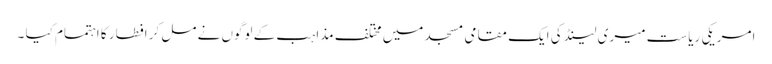
امریکی ریاست میری لینڈ کی ایک مقامی مسجد میں مختلف مذاہب کے لوگوں نے مل کر افطار کا اہتمام کیا ۔